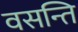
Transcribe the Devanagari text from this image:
वसन्ति